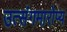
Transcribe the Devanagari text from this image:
उत्संगमारोप्य